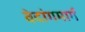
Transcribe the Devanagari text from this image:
वेदांगमार्ग